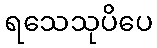
ရသေသုပိပေ